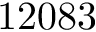
1 2 0 8 3